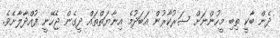
ދެން ބާކީ ތިބި މީހުންނަށް ސަރުކާރުން އަބަދުމެ އިނާޔަތްތައް ދީގެން ޖެހޭނީ ފުއްދާލާށެވެ.